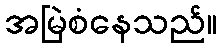
အမြဲစံနေသည်။